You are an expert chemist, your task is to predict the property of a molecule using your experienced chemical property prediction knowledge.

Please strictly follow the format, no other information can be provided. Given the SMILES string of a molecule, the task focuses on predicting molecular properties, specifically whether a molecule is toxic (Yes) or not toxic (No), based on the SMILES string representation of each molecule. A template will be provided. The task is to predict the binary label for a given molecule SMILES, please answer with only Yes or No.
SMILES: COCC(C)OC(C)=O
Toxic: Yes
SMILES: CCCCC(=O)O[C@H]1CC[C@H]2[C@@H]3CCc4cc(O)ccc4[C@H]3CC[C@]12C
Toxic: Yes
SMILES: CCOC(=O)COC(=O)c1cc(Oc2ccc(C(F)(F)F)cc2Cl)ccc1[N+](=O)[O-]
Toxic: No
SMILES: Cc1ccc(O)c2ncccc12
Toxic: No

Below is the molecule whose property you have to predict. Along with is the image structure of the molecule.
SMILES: N#C/C=C/C#N
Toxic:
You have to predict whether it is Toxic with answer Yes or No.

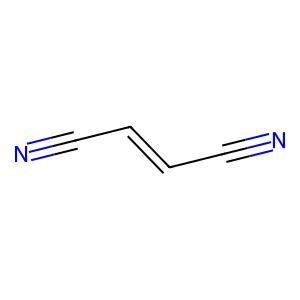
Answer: No